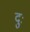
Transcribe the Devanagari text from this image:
दुः